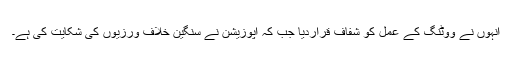
انہوں نے ووٹنگ کے عمل کو شفاف قراردیا جب کہ اپوزیشن نے سنگین خلاف ورزیوں کی شکایت کی ہے۔